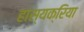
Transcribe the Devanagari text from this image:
हास्यक्रिया